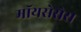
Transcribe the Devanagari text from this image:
मॉयसेसेस